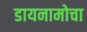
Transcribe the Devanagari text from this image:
डायनामोचा